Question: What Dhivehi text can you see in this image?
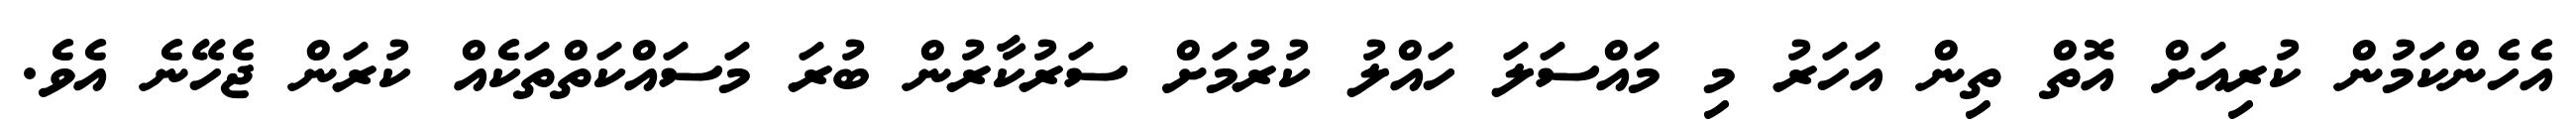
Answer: އެހެންކަމުން ކުރިއަށް އޮތް ތިން އަހަރު މި މައްސަލަ ހައްލު ކުރުމަށް ސަރުކާރުން ބުރަ މަސައްކަތްތަކެއް ކުރަން ޖެހޭނެ އެވެ.